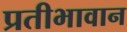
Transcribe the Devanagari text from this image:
प्रतीभावान